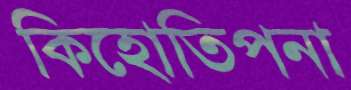
কিহোতিপনা